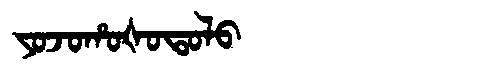
Manchu: ᠶᠣᠵᠣᡥᠣᡧᠣᡨᠣᠯᠣ
Romanization: YOJOHOŠOTOLO